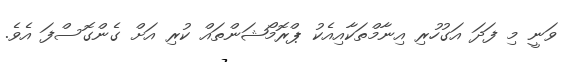
ވަނީ މި ފަދަ އަގުހުރި އިނާމްތަކާއިއެކު ޕްރޮމޯޝަންތައް ކުރި އަށް ގެންގޮސްފަ އެވެ.